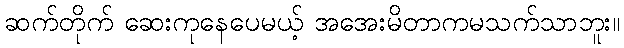
ဆက်တိုက် ဆေးကုနေပေမယ့် အအေးမိတာကမသက်သာဘူး။